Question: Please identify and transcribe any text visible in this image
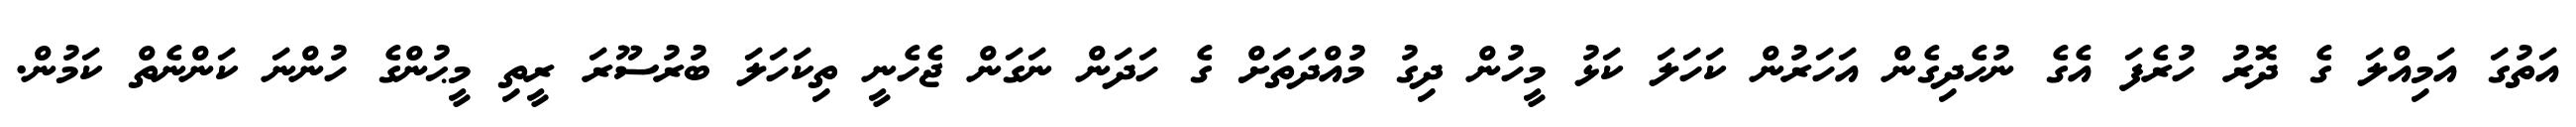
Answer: އަތުގަ އަމިއްލަ ގެ ދޮރު ހުރެފަ އެގެ ނުހެދިގެން އަހަރުން ކަހަލަ ކަޅު މީހުން ދިގު މުއްދަތަށް ގެ ހަދަން ނަގަން ޖެހެނީ ތިކަހަލަ ބުރުސޫރަ ރީތި މީޙުންގެ ހުންނަ ކަންނެތް ކަމުން.